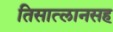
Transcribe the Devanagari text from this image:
तिसात्लानसह